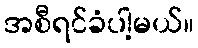
အစီရင်ခံပါ့မယ်။